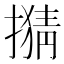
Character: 𢴘